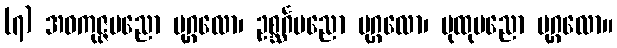
(၇) အဝကုဇ္ဇပညော ပုဂ္ဂလော၊ ဥစ္ဆင်္ဂပညော ပုဂ္ဂလော၊ ပုထုပညော ပုဂ္ဂလော။